Source: Handwritten
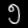
Digit: ၅ (5)